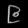
Digit: ၉